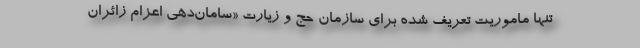
تنها ماموریت تعریف شده برای سازمان حج و زیارت «سامان‌دهی اعزام زائران